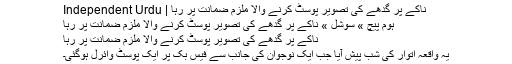
ناکے پر گدھے کی تصویر پوسٹ کرنے والا ملزم ضمانت پر رہا | Independent Urdu
ہوم پیچ » سوشل » ناکے پر گدھے کی تصویر پوسٹ کرنے والا ملزم ضمانت پر رہا
ناکے پر گدھے کی تصویر پوسٹ کرنے والا ملزم ضمانت پر رہا
یہ واقعہ اتوار کی شب پیش آیا جب ایک نوجوان کی جانب سے فیس بک پر ایک پوسٹ وائرل ہوگئی۔